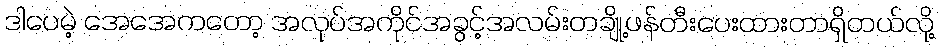
ဒါပေမဲ့ အေအေကတော့ အလုပ်အကိုင်အခွင့်အလမ်းတချို့ဖန်တီးပေးထားတာရှိတယ်လို့